Annual administration report of the Civil Veterinary Department of India - 1897-1898
Year: 1897
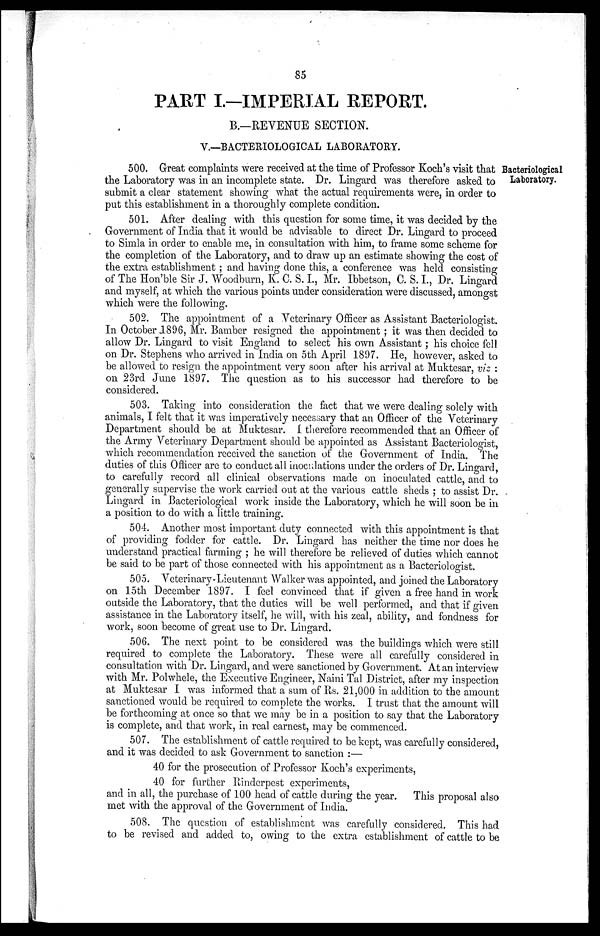
85
PART I.—IMPERIAL REPORT.
B.—REVENUE SECTION.
V.—BACTERIOLOGICAL LABORATORY.
Bacteriological
Laboratory.
500. Great complaints were received at the time of Professor Koch's visit that
the Laboratory was in an incomplete state. Dr. Lingard was therefore asked to
submit a clear statement showing what the actual requirements were, in order to
put this establishment in a thoroughly complete condition.
501. After dealing with this question for some time, it was decided by the
Government of India that it would be advisable to direct Dr. Lingard to proceed
to Simla in order to enable me, in consultation with him, to frame some scheme for
the completion of the Laboratory, and to draw up an estimate showing the cost of
the extra establishment; and having done this, a conference was held consisting
of The Hon'ble Sir J. Woodburn, K. C. S. I., Mr. Ibbetson, C. S. I., Dr. Lingard
and myself, at which the various points under consideration were discussed, amongst
which were the following.
502. The appointment of a Veterinary Officer as Assistant Bacteriologist.
In October 1896, Mr. Bamber resigned the appointment; it was then decided to
allow Dr. Lingard to visit England to select his own Assistant; his choice fell
on Dr. Stephens who arrived in India on 5th April 1897. He, however, asked to
be allowed to resign the appointment very soon after his arrival at Muktesar, viz:
on 23rd June 1897. The question as to his successor had therefore to be
considered.
503. Taking into consideration the fact that we were dealing solely with
animals, I felt that it was imperatively necessary that an Officer of the Veterinary
Department should be at Muktesar. I therefore recommended that an Officer of
the Army Veterinary Department should be appointed as Assistant Bacteriologist,
which recommendation received the sanction of the Government of India. The
duties of this Officer are to conduct all inoculations under the orders of Dr. Lingard,
to carefully record all clinical observations made on inoculated cattle, and to
generally supervise the work carried out at the various cattle sheds; to assist Dr.
Lingard in Bacteriological work inside the Laboratory, which he will soon be in
a position to do with a little training.
504. Another most important duty connected with this appointment is that
of providing fodder for cattle. Dr. Lingard has neither the time nor does he
understand practical farming; he will therefore be relieved of duties which cannot
be said to be part of those connected with his appointment as a Bacteriologist.
505. Veterinary-Lieutenant Walker was appointed, and joined the Laboratory
on 15th December 1897. I feel convinced that if given a free hand in work
outside the Laboratory, that the duties will be well performed, and that if given
assistance in the Laboratory itself, he will, with his zeal, ability, and fondness for
work, soon become of great use to Dr. Lingard.
506. The next point to be considered was the buildings which were still
required to complete the Laboratory. These were all carefully considered in
consultation with Dr. Lingard, and were sanctioned by Government. At an interview
with Mr. Polwhele, the Executive Engineer, Naini Tal District, after my inspection
at Muktesar I was informed that a sum of Rs. 21,000 in addition to the amount
sanctioned would be required to complete the works. I trust that the amount will
be forthcoming at once so that we may be in a position to say that the Laboratory
is complete, and that work, in real earnest, may be commenced.
507. The establishment of cattle required to be kept, was carefully considered,
and it was decided to ask Government to sanction:—
40 for the prosecution of Professor Koch's experiments,
40 for further Rinderpest experiments,
and in all, the purchase of 100 head of cattle during the year. This proposal also
met with the approval of the Government of India.
508. The question of establishment was carefully considered. This had
to be revised and added to, owing to the extra establishment of cattle to be